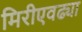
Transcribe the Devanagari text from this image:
मिरीएवढ्या